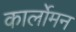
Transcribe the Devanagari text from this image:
कार्लोमन